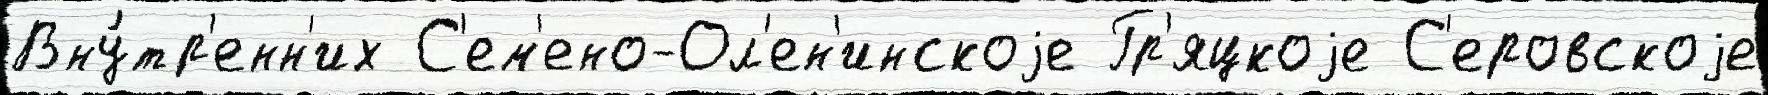
Вну́тр'енн'их С'ем'ено-Ол'ен'инскоjе Гр'яцкоjе С'еровскоjе